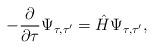
LaTeX: \begin{align*}-\frac{\partial }{\partial \tau }\Psi _{\tau ,\tau ^{\prime }}=\hat{H}\Psi _{\tau ,\tau ^{\prime }},\end{align*}